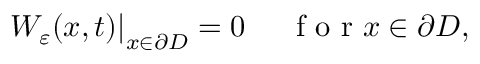
\left. W _ { \varepsilon } ( x , t ) \right| _ { x \in \partial D } = 0 \textrm { } \quad \textrm { f o r } x \in \partial D ,